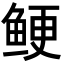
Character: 鲠